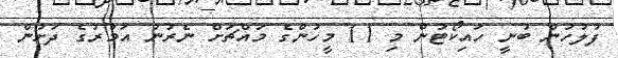
ފުލުހުން ބުނީ ހައިކޯޓުން މި 11 މީހުންގެ މައްޗަށް ނެރުނު އަމުރުގެ ދަށުން